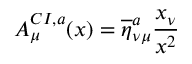
A _ { \mu } ^ { C I , a } ( x ) = \overline { { { \eta } } } _ { \nu \mu } ^ { a } \frac { x _ { \nu } } { x ^ { 2 } }